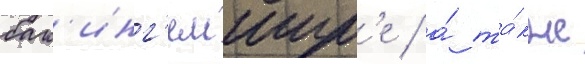
бак'инг'емшир'е / а́ та́кже